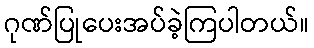
ဂုဏ်ပြုပေးအပ်ခဲ့ကြပါတယ်။